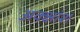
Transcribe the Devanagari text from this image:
अक्क्षांश